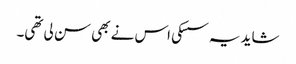
شاید یہ سسکی اس نے بھی سن لی تھی۔